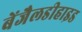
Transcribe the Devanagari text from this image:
बेंजैलडीहाइड